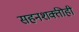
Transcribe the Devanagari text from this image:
सहनशक्तीही